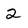
Character: 2